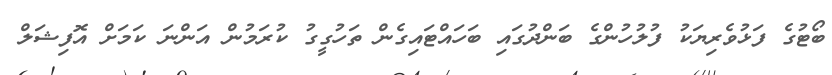
ބޯޓުގެ ފަޅުވެރިޔަކު ފުލުހުންގެ ބަންދުގައި ބަހައްޓައިގެން ތަހުގީގު ކުރަމުން އަންނަ ކަމަށް އޮފިޝަލް